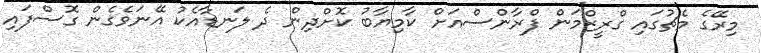
މިރޭގެ މެޗުގައި ގްރީޒްމަން ފްރާންސްއަށް ކާމިޔާބު ކޮށްދިން ދެ ލަނޑާއެކު އޭނަވެގެން ގޮސްފައި